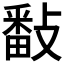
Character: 𢿥